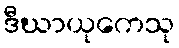
ဒီဃာယုကေသု